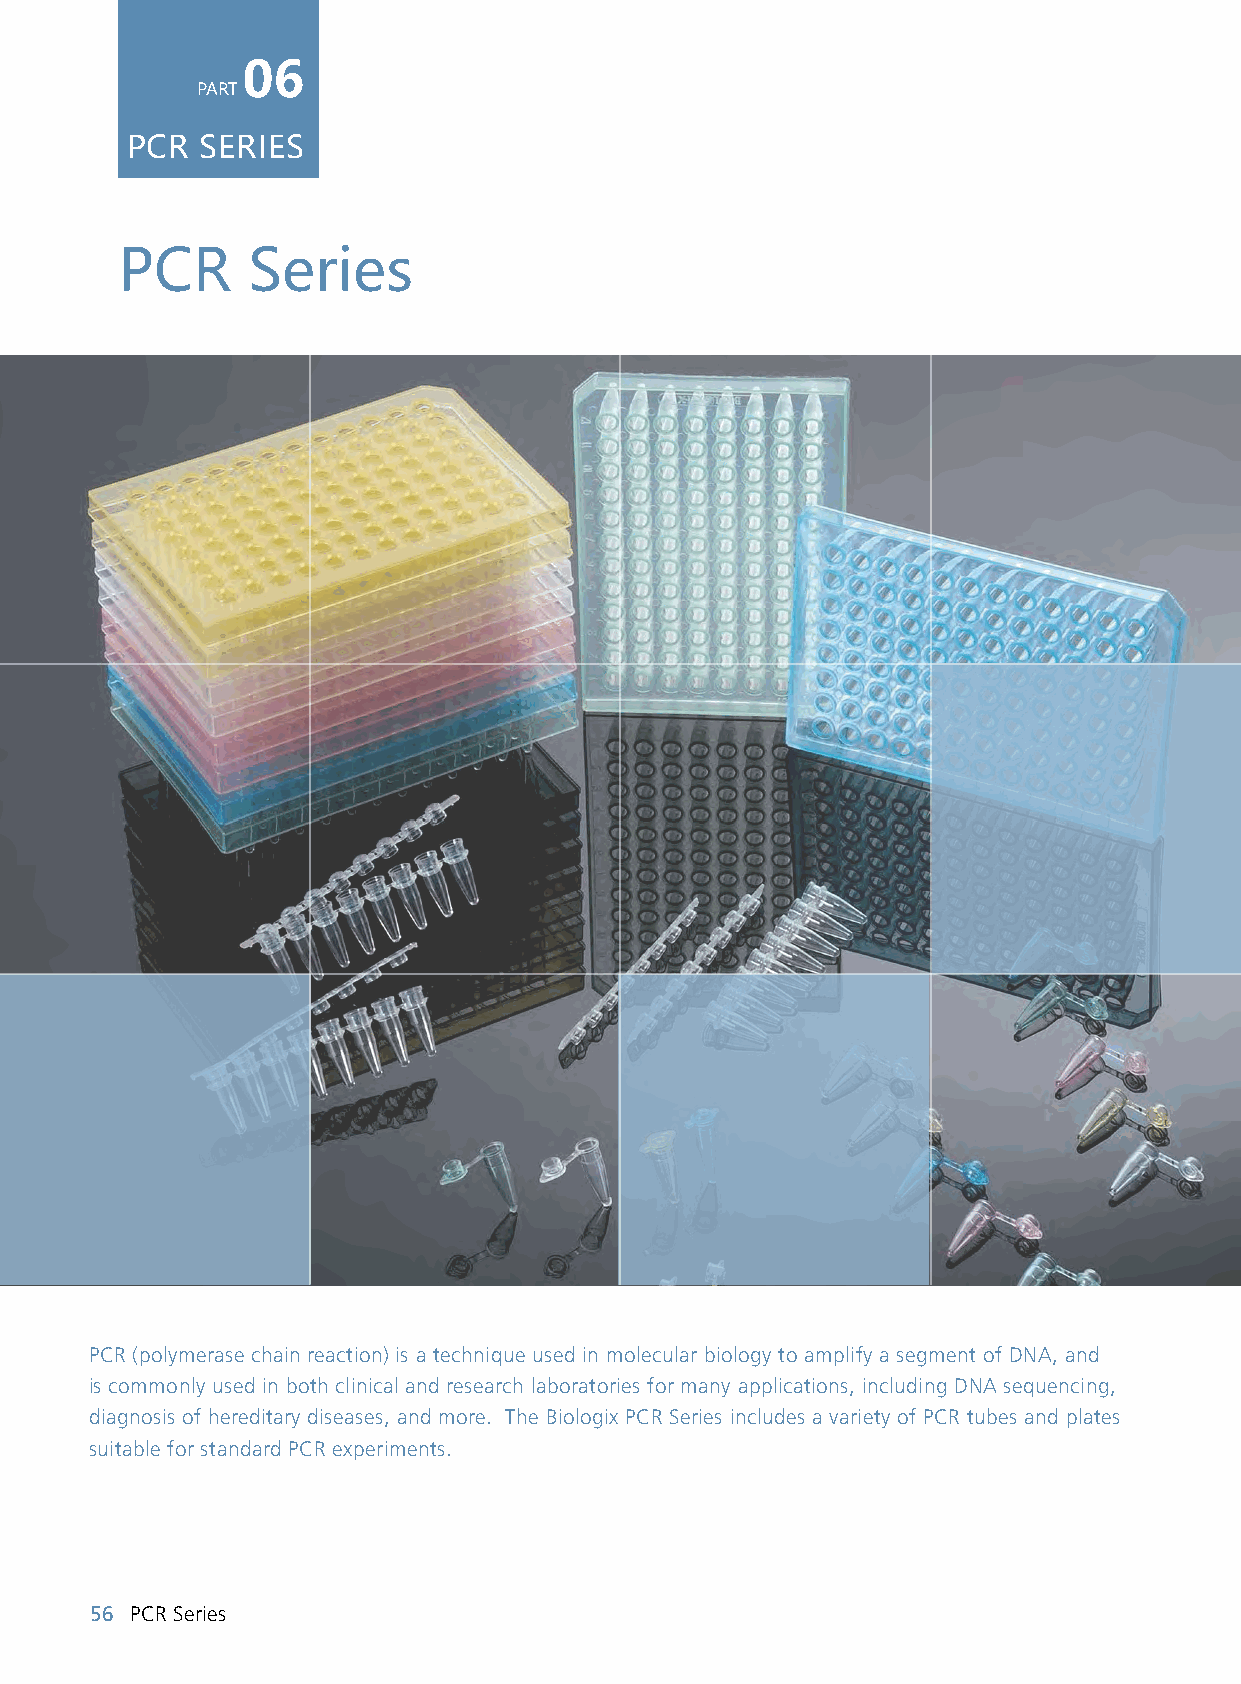
06
 PART
 PCR  SERIES
 PCR     Series
 PCR (polymerase chain reaction) is a technique used in molecular biology to amplify a segment of DNA, and
 is commonly used in both clinical and research laboratories for many applications, including DNA sequencing,
 diagnosis of hereditary diseases, and more. The Biologix PCR Series includes a variety of PCR tubes and plates
 suitable for standard PCR experiments.
 56 PCR Series